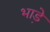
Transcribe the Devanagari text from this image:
भाडे़